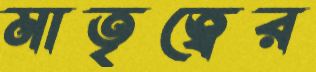
মাতৃত্বের